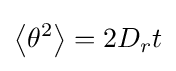
\left\langle \theta ^{2}\right\rangle =2D_{r}t